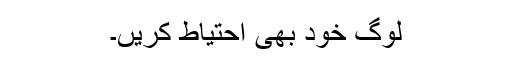
لوگ خود بھی احتیاط کریں۔